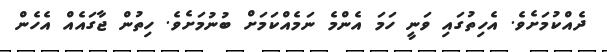
ދެއްކުމަށެވެ. އެހިތުގައި ވަނީ ހަމަ އެންމެ ނަމެއްކަމަށް ބުނުމަށެވެ. ހިތުން ޖާގައެއް އެހެން